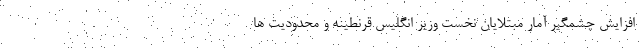
افزایش چشمگیر آمار مبتلایان نخست وزیر انگلیس قرنطینه و محدودیت ها